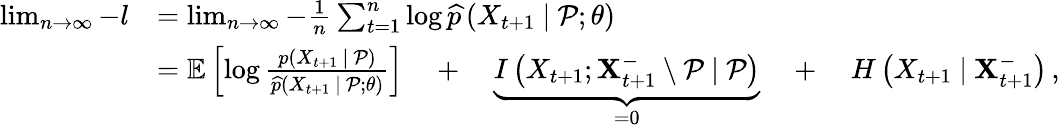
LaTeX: \begin{array}{rl}{\operatorname*{lim}_{n\to\infty}-{l}}&{=\operatorname*{lim}_{n\to\infty}-\frac{1}{n}\sum_{t=1}^{n}\log\widehat{p}\left(X_{t+1}~|~\mathcal{P};\theta\right)}\\ &{=\mathbb{E}\left[\log\frac{p(X_{t+1}~|~\mathcal{P})}{\widehat{p}(X_{t+1}~|~\mathcal{P};\theta)}\right]\quad+\quad\underbrace{I\left(X_{t+1};\mathbf{X}_{t+1}^{-}\setminus\mathcal{P}~|~\mathcal{P}\right)}_{=0}\quad+\quad H\left(X_{t+1}~|~\mathbf{X}_{t+1}^{-}\right)\, ,}\end{array}